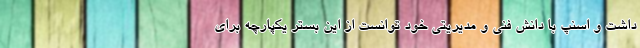
داشت و اسنپ با دانش فنی و مدیریتی خود توانست از این بستر یکپارچه برای